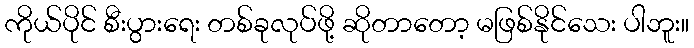
ကိုယ်ပိုင် စီးပွားရေး တစ်ခုလုပ်ဖို့ ဆိုတာတော့ မဖြစ်နိုင်သေး ပါဘူး။